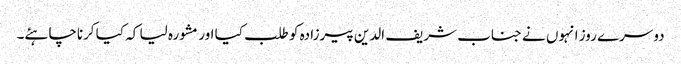
دوسرے روز انہوں نے جناب شریف الدین پیرزادہ کو طلب کیا اور مشورہ لیا کہ کیا کرناچاہئے۔